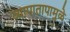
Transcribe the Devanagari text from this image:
व्यापातापामुळे